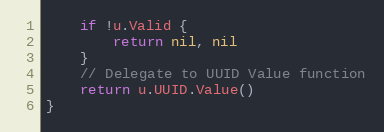
Language: Go
	if !u.Valid {
		return nil, nil
	}
	// Delegate to UUID Value function
	return u.UUID.Value()
}